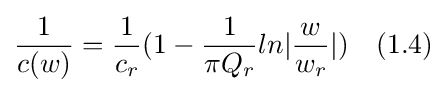
{\frac {1}{c(w)}}={\frac {1}{c_{r}}}(1-{\frac {1}{\pi Q_{r}}}ln|{\frac {w}{w_{r}}}|)\quad (1.4)